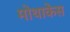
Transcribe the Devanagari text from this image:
मोथाकेस